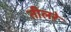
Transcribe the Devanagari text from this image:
तीलरे